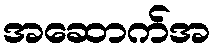
အဆောက်အ